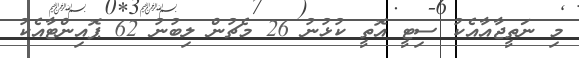
މި ނަތީޖާއާއެކު ސިޓީ އޮތީ ކުޅުނު 26 މެޗުން ލިބުނު 62 ޕޮއިންޓާއެކު